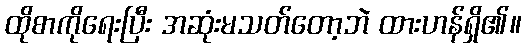
ထိုစာကိုရေးပြီး အဆုံးမသတ်တော့ဘဲ ထားဟန်ရှိ၏။